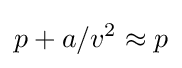
p+a/v^{2}\approx p